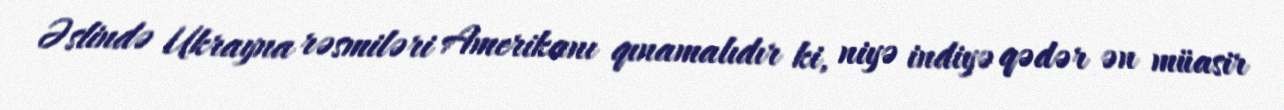
Əslində Ukrayna rəsmiləri Amerikanı qınamalıdır ki, niyə indiyə qədər ən müasir